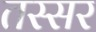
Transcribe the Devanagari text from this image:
तस्सर